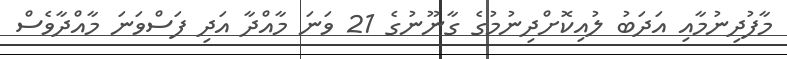
މާފުދިނުމާއި އަދަބު ލުއިކޮށްދިނުމުގެ ގާނޫނުގެ 21 ވަނަ މާއްދާ އަދި ފަސްވަނަ މާއްދާވެސް